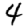
Digit: 4